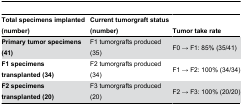
<table><thead><tr><td><b>Total specimens implanted (number)</b></td><td><b>Current tumorgraft status (number)</b></td><td><b>Tumor take rate</b></td></tr></thead><tbody><tr><td><b>Primary tumor specimens (41)</b></td><td>F1 tumorgrafts produced (35)</td><td>F0 → F1: 85% (35/41)</td></tr><tr><td><b>F1 specimens transplanted (34)</b></td><td>F2 tumorgrafts produced (34)</td><td>F1 → F2: 100% (34/34)</td></tr><tr><td><b>F2 specimens transplanted (20)</b></td><td>F3 tumorgrafts produced (20)</td><td>F2 → F3: 100% (20/20)</td></tr></tbody></table>